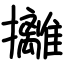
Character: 攡